Scientific memoirs by medical officers of the Army of India - Part VIII,
Year: 1894
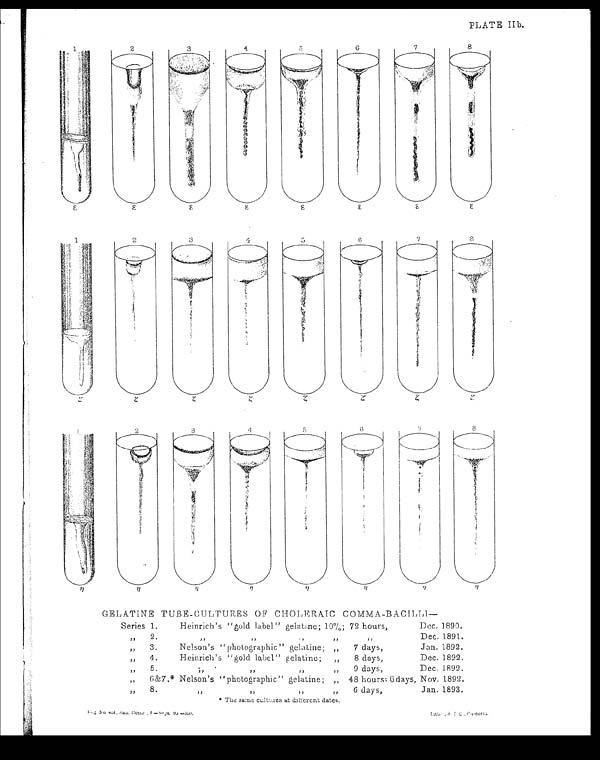
PLATE IIb.
GELATINE TUBE-CULTURES OF CHOLERAIC COMMA-BACILLI
—
Series 1.
Heinrich's "gold label" gelatine; 10%; 72 hours,
Dec. 1890.
"
2.
" " " "
"
Dec. 1891.
" 3.
Nelson's "photographic" gelatine; „
7 days,
Jan. 1892.
" 4.
Heinrich's "gold label" gelatine;
„
8 days,
Dec. 1892.
" 5.
" " " "
9 days,
Dec. 1892.
" 6&7.* Nelson's "photographic" gelatine; "
48 hours: 6 days, Nov. 1892.
" 8
" " " "
6 days.
Jan. 1893.
* The Same cultures at different dates.
Litho.,S.I.O,calcutta.
R e g . N o . 4 5 4 , S a n . C o m r . I . — S e p t . 9 3 — 3 5 0 .
L i t h o . , S . I . O . , C a l c u t t a .